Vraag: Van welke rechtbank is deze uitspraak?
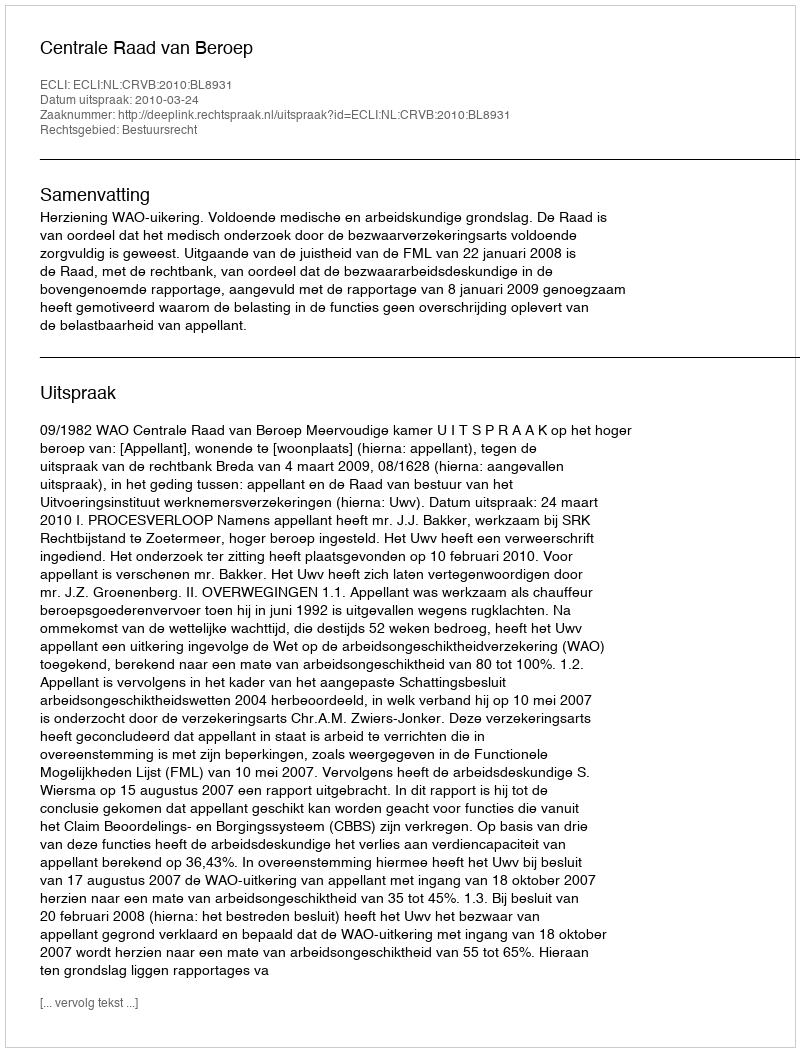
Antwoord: Centrale Raad van Beroep